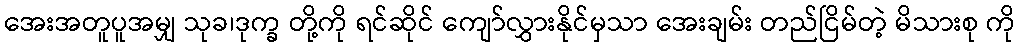
အေးအတူပူအမျှ သုခ၊ဒုက္ခ တို့ကို ရင်ဆိုင် ကျော်လွှားနိုင်မှသာ အေးချမ်း တည်ငြိမ်တဲ့ မိသားစု ကို